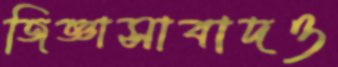
জিজ্ঞাসাবাদও